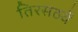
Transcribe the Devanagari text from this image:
तिरसठवें